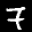
Label: 7